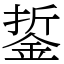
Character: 銴